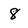
Character: 8